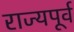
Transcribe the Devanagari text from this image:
राज्यपूर्व